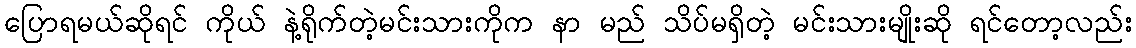
ပြောရမယ်ဆိုရင် ကိုယ် နဲ့ရိုက်တဲ့မင်းသားကိုက နာ မည် သိပ်မရှိတဲ့ မင်းသားမျိုးဆို ရင်တော့လည်း